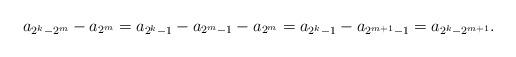
LaTeX: \begin{align*}a_{2^k-2^m}-a_{2^m}=a_{2^k-1}-a_{2^m-1}-a_{2^m}=a_{2^k-1}-a_{2^{m+1}-1}=a_{2^k-2^{m+1}}.\end{align*}